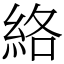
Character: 絡